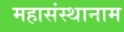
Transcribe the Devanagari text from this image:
महासंस्थानाम